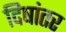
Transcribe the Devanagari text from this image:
दिषांतर